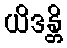
ယိဒန္တိ